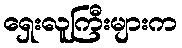
ရှေးလူကြီးများက